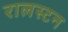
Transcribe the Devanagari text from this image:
रालस्टन